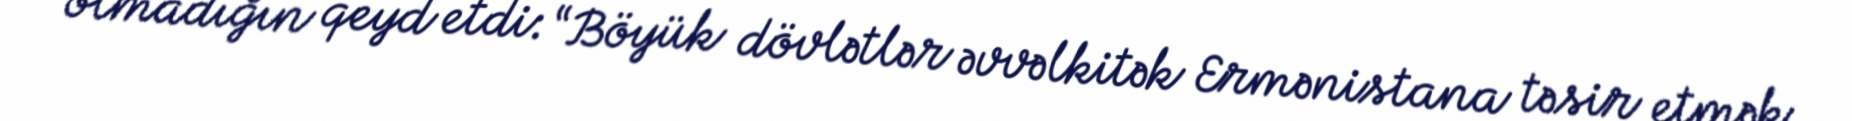
olmadığın qeyd etdi: “Böyük dövlətlər əvvəlkitək Ermənistana təsir etmək